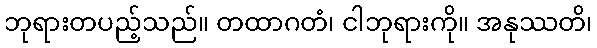
ဘုရားတပည့်သည်။ တထာဂတံ၊ ငါဘုရားကို။ အနုဿတိ၊